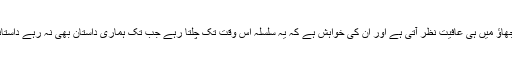
انہیں سلجھاﺅ میں ہی عافیت نظر آتی ہے اور ان کی خواہش ہے کہ یہ سلسلہ اس وقت تک چلتا رہے جب تک ہماری داستان بھی نہ رہے داستانوں میں۔